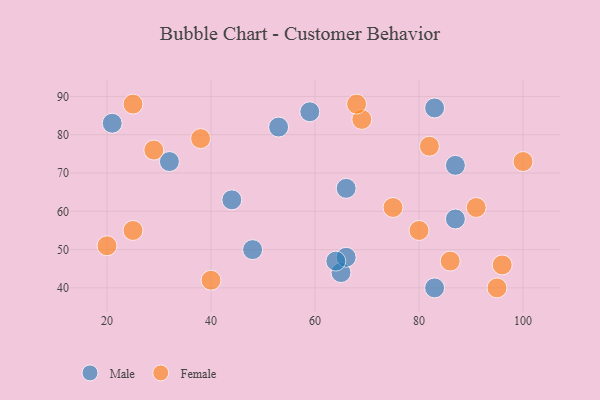
{"axis": {"x": "GDP", "y": "Life Expectancy"}, "legend": ["Female", "Male"], "data": [{"x": "83", "y": 40, "type": "Male"}, {"x": "83", "y": 87, "type": "Male"}, {"x": "32", "y": 73, "type": "Male"}, {"x": "87", "y": 72, "type": "Male"}, {"x": "65", "y": 44, "type": "Male"}, {"x": "21", "y": 83, "type": "Male"}, {"x": "66", "y": 66, "type": "Male"}, {"x": "59", "y": 86, "type": "Male"}, {"x": "53", "y": 82, "type": "Male"}, {"x": "48", "y": 50, "type": "Male"}, {"x": "44", "y": 63, "type": "Male"}, {"x": "66", "y": 48, "type": "Male"}, {"x": "87", "y": 58, "type": "Male"}, {"x": "64", "y": 47, "type": "Male"}, {"x": "25", "y": 55, "type": "Female"}, {"x": "91", "y": 61, "type": "Female"}, {"x": "69", "y": 84, "type": "Female"}, {"x": "100", "y": 73, "type": "Female"}, {"x": "86", "y": 47, "type": "Female"}, {"x": "38", "y": 79, "type": "Female"}, {"x": "95", "y": 40, "type": "Female"}, {"x": "68", "y": 88, "type": "Female"}, {"x": "82", "y": 77, "type": "Female"}, {"x": "75", "y": 61, "type": "Female"}, {"x": "80", "y": 55, "type": "Female"}, {"x": "40", "y": 42, "type": "Female"}, {"x": "25", "y": 88, "type": "Female"}, {"x": "96", "y": 46, "type": "Female"}, {"x": "20", "y": 51, "type": "Female"}, {"x": "29", "y": 76, "type": "Female"}]}